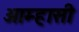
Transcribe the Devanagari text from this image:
आम्हासी